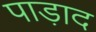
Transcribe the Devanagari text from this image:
पाड़ाद